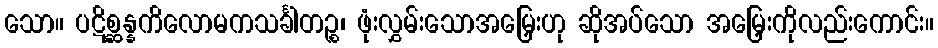
သော။ ပဋိစ္ဆန္နကိလောမကသင်္ခါတဉ္စ၊ ဖုံးလွှမ်းသောအမြှေးဟု ဆိုအပ်သော အမြှေးကိုလည်းကောင်း။